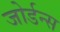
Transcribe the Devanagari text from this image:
जोर्डन्स